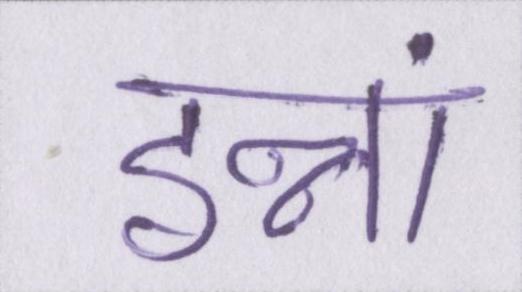
इन्नां